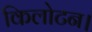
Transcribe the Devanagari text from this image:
किलोटन।